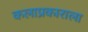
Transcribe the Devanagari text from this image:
कलाप्रकाराला